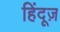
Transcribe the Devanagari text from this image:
हिंदूज़